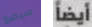
سيضع أيضاً